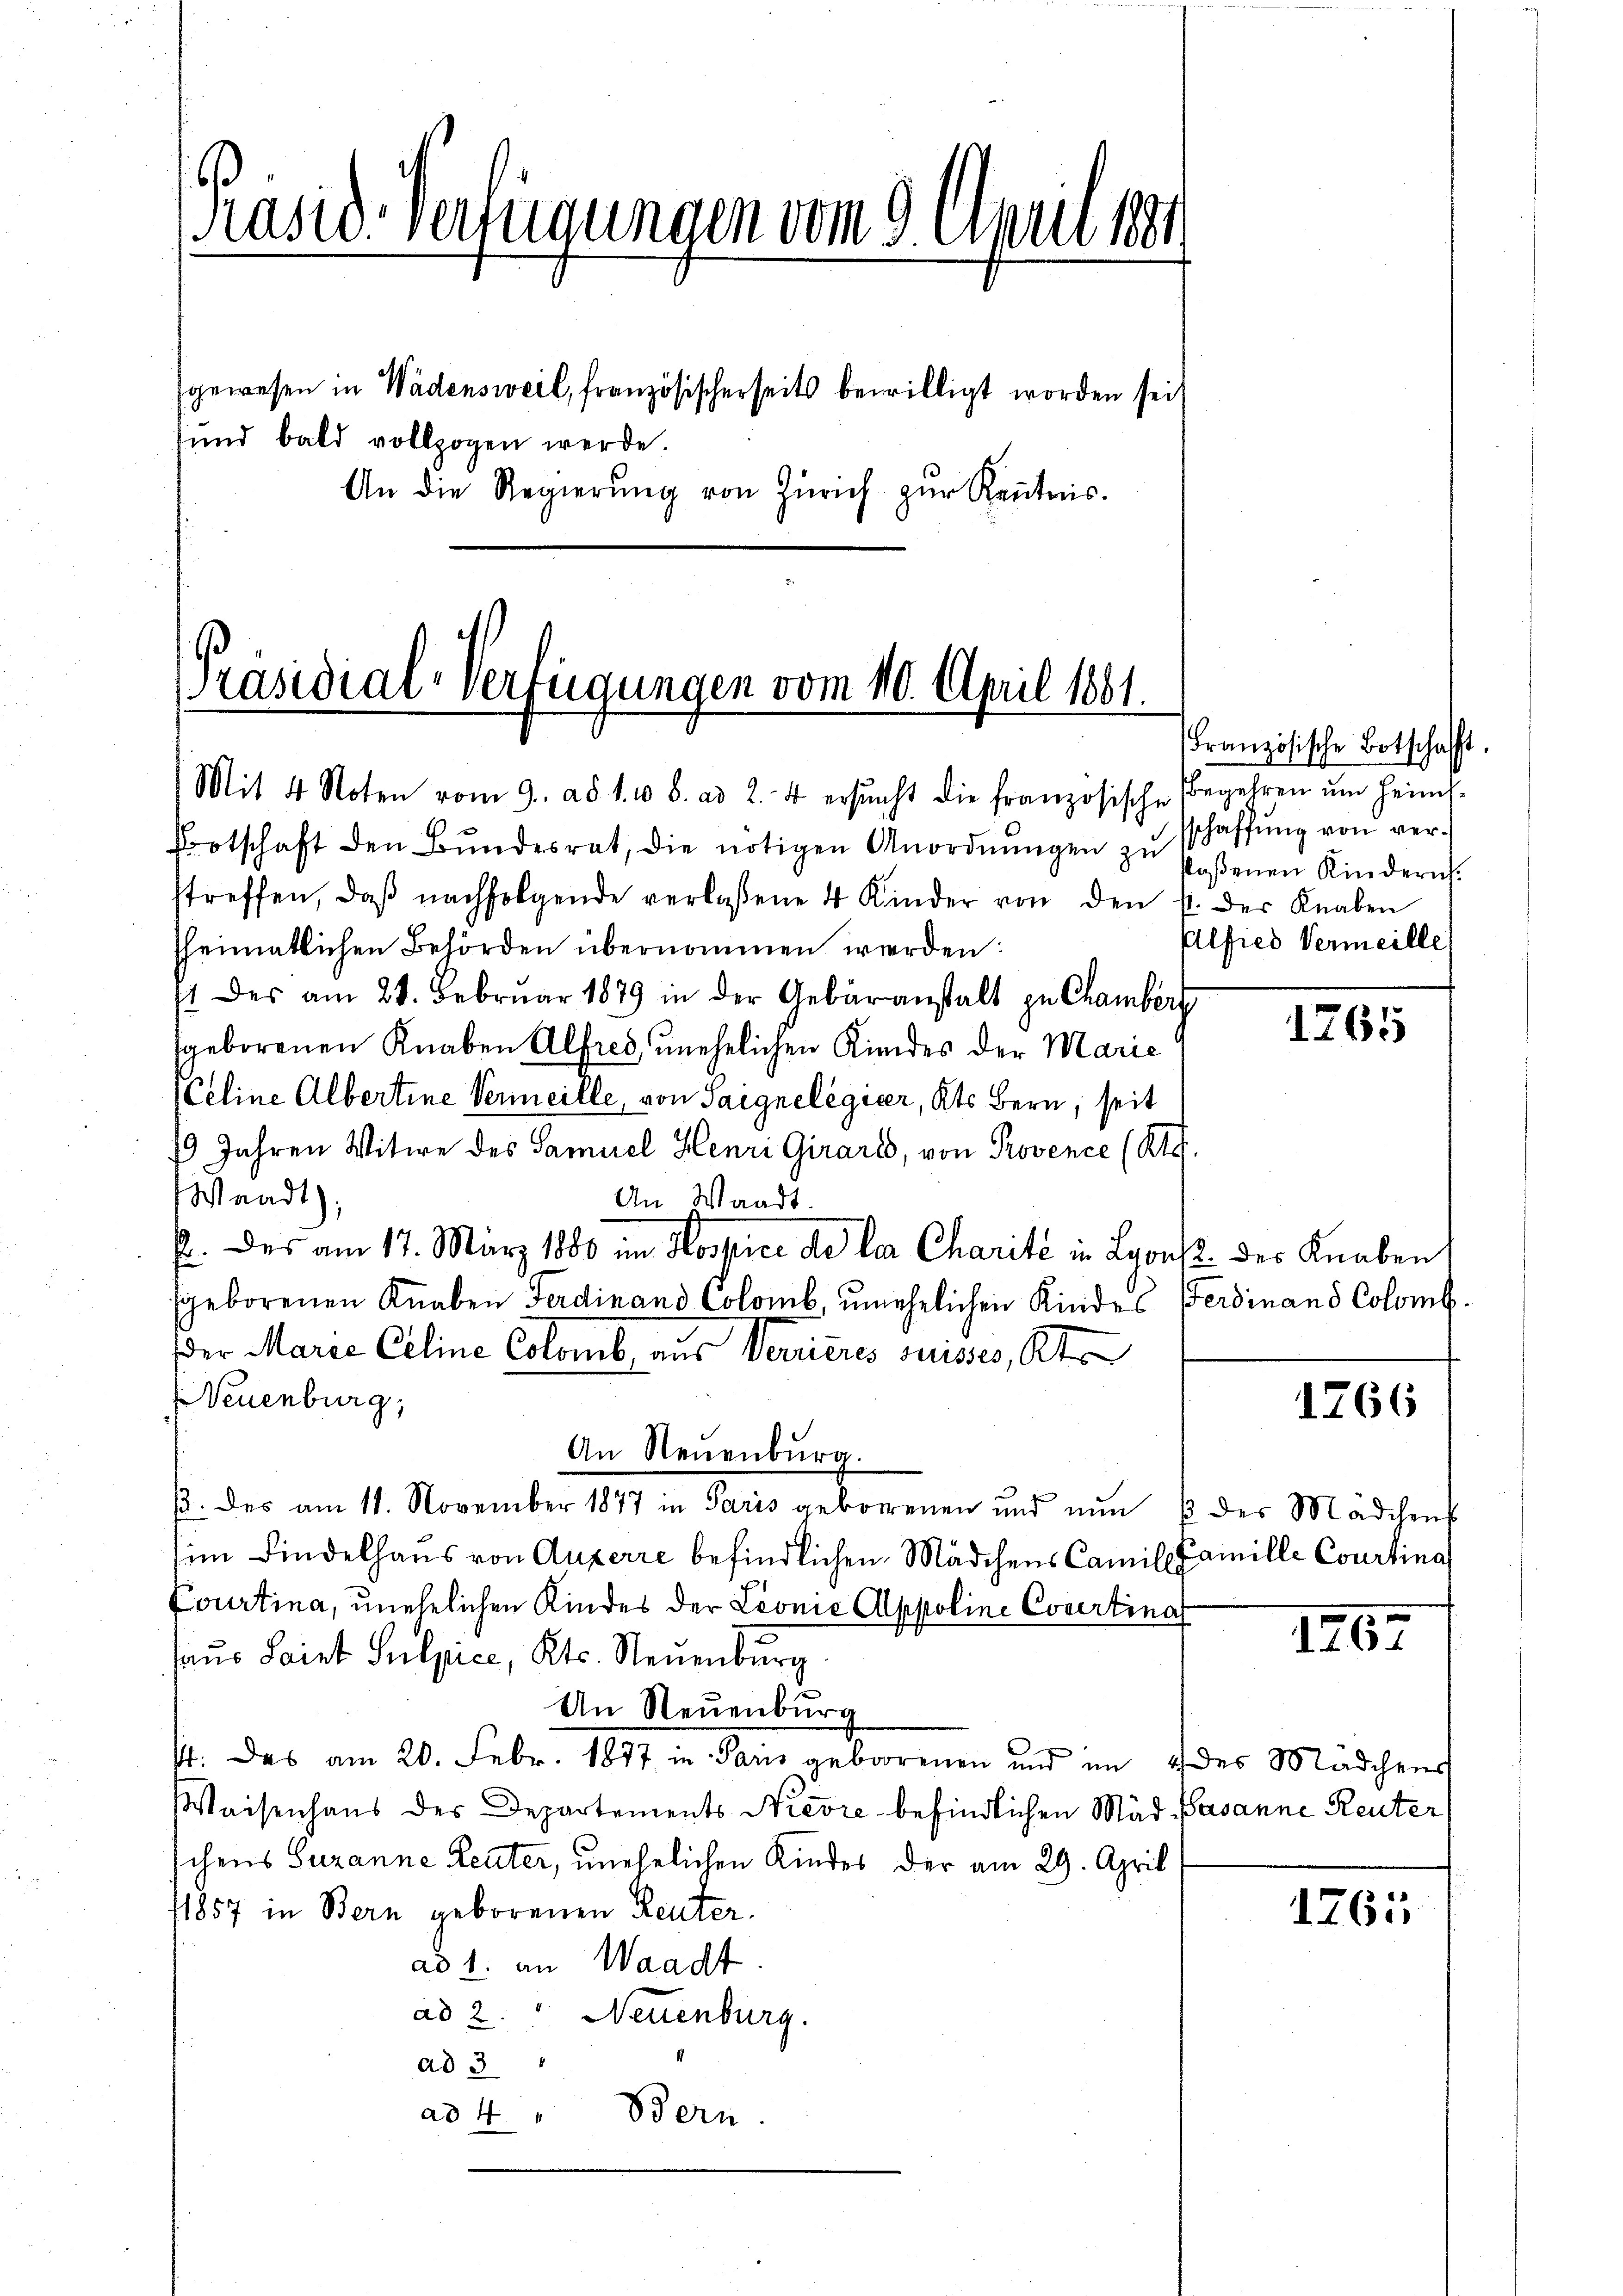
Präsid. Verfügungen vom 9. April 1884.
gewesen in Wädensweil, französischerseits bewilligt worden seit
sund bald vollzogen werde.
An die Regierŭng von Zürich zŭr Keṅtnis.

Präsidial-Verfügungen vom 10. April 1861.
Mit 4 Noten vom 9. ad 1. 10 b. ad 2. 4 ersŭcht die französische Begehren ŭm Heim-

Botschaft den Bŭndesrat, die nötigen Anordnŭngen zŭ saßenen Kindern.
streffen, daβ nachfolgende verlassene 4 Kinder von den st. der Knaben
sheimatlichen Behörden übernommen werden:
11 des am 28. Februar 1879 in der Gebäranstalt zu Chamberg
geborenen Knaben Alfred unehelichen Kindes der Marie
(Celine Albertine Vermeille, von Saignelegier, Kts Bern, seit
1 Jahren Witwe des Samuel Henri Girard, von Provence (Kl.
Wendt)
An Waadt.
E. Das am 17. März 1880 im Hospice de la Charité in Lyon des Knaben,
sgeborenen Knaben Ferdinand Colomb, unehelichen Kindes Ferdinand Colomb
dder Marie Celine Colomb, aus Verrieres suisses, Kt.
 Neuenburg,
An Neuenburg.
β. des am 11. November 1877 in Paris geborenen und nŭn u der Mädchen
im Findelhaus von Auxerre befindlichen Mädchens Camile Famille Courtina
Courtina, unehelichen Kindes der Leonić Appoline Covertinat
haus Saint Sulpice, Kts. Neuenburg
An Neuenburg
st. Das am 20. Febr. 1877 in Paus geborenen und im 4 des Mädchens
Waisenhaus des Departements Nievre befindlichen Mäd asanne Reuter,
schens Susanne Leuter, unehelichen Kindes der am 29. April
11857 in Bern geborenen Reuter
ad 1. an Waadt.
ad 2. " Neuenburg.
ad 3
ad 4. " Bern.

Französische Botschafft.
sschaffung von ver¬
Alfred Vermeille

1765

1266

1467

1761